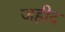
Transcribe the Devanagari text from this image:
जहीद